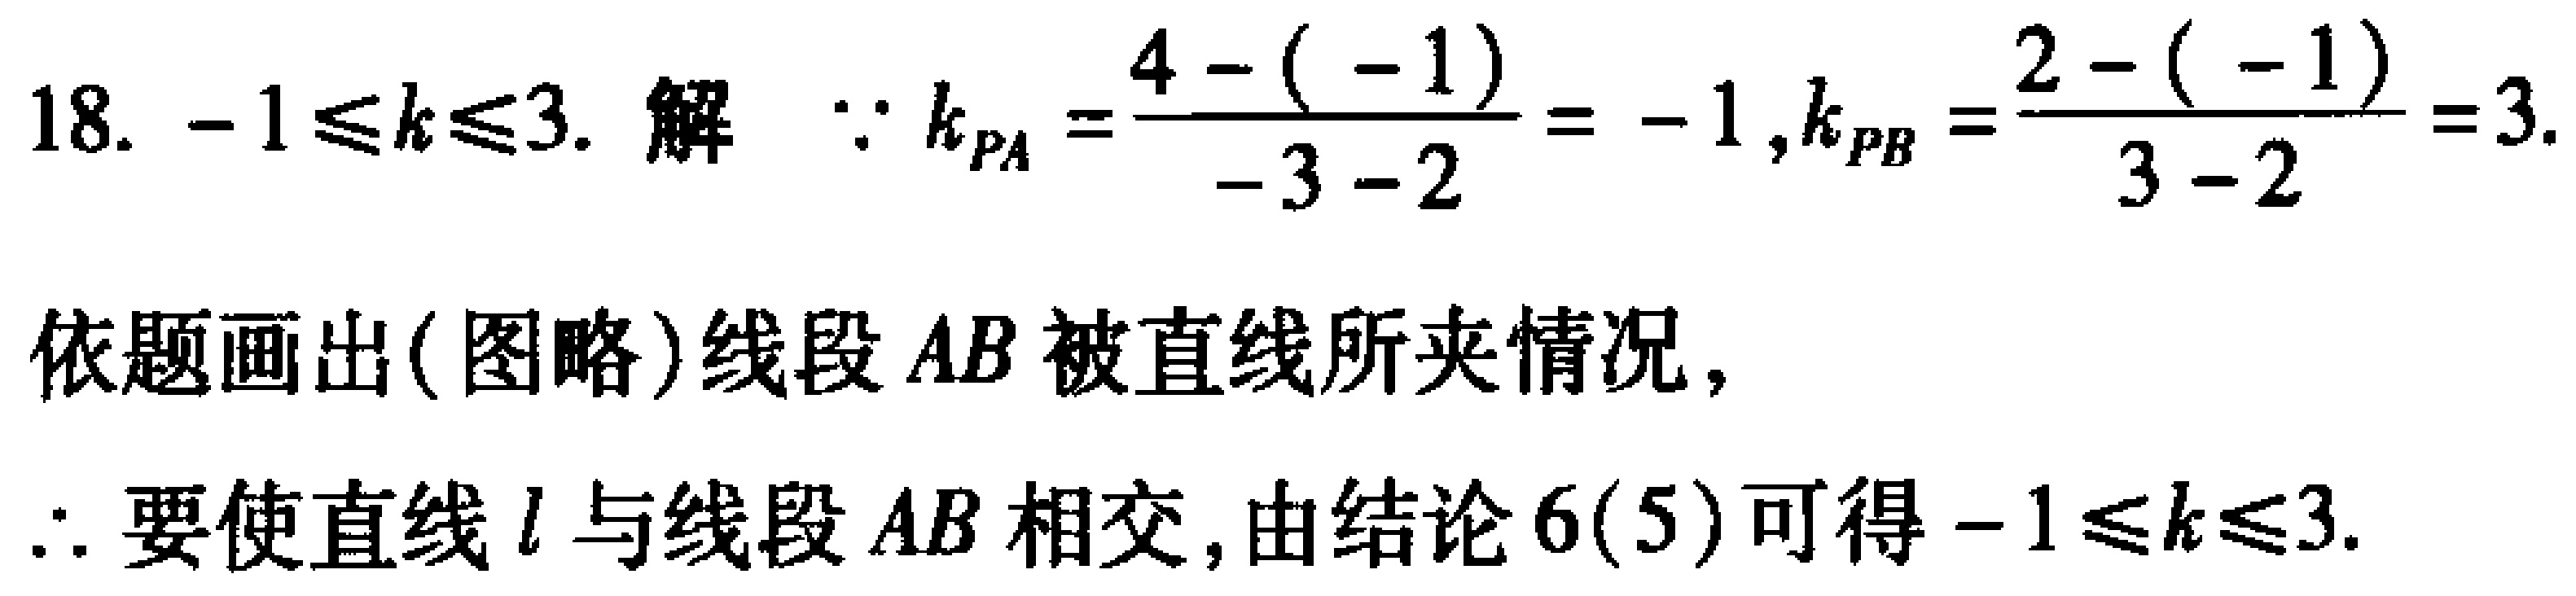
18. \(-1\leq k\leq3\). 解 \(\because k_{PA}=\frac{4 - (-1)}{-3 - 2}=-1,k_{PB}=\frac{2 - (-1)}{3 - 2}=3\).
依题画出(图略)线段 \(AB\) 被直线所夹情况,
\(\therefore\) 要使直线 \(l\) 与线段 \(AB\) 相交,由结论 \(6(5)\) 可得 \(-1\leq k\leq3\).